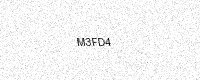
Text: M3FD4